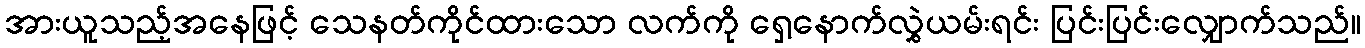
အားယူသည့်အနေဖြင့် သေနတ်ကိုင်ထားသော လက်ကို ရှေ့နောက်လွှဲယမ်းရင်း ပြင်းပြင်းလျှောက်သည်။